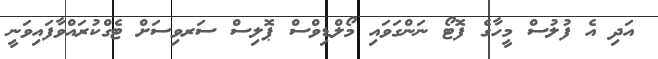
އަދި އެ ފުލުސް މީހާގެ ފޮޓޯ ނަންގަވައި މޯލްޑިވްސް ޕޮލިސް ސަރވިސަށް ޓެގްކުރައްވާފައިވަނީ